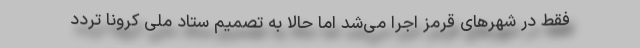
فقط در شهرهای قرمز اجرا می‌شد اما حالا به تصمیم ستاد ملی کرونا تردد